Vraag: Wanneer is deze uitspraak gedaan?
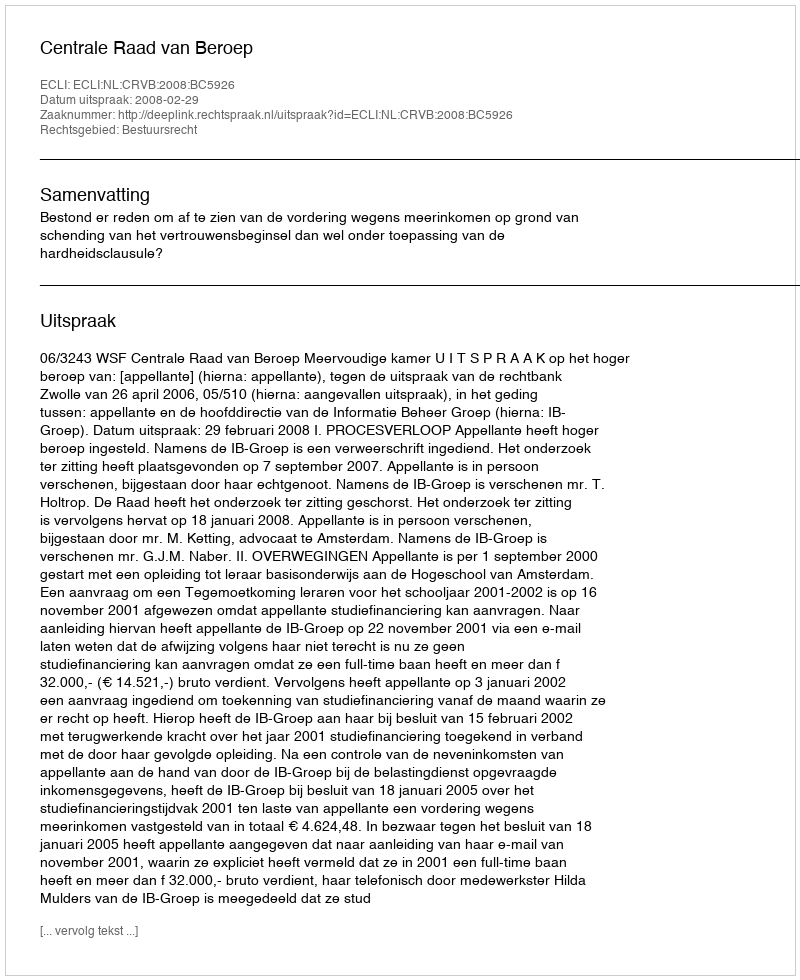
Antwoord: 2008-02-29